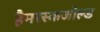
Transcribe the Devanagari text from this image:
हैमरस्कजोल्‍ड